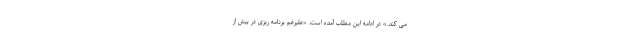
می کند.» در ادامه این مطلب آمده است، «علیرغم برنامه ریزی در بیش از